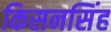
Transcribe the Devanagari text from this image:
किसनसिंह